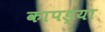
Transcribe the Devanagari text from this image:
कापड्या